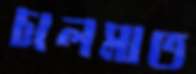
চালমাত